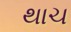
થાચ